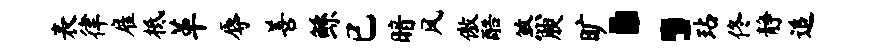
表律雇柢革辱善鲧已暗风傲酷煞腴旷：玷佟静追